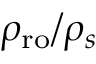
\rho _ { \mathrm { r o } } / \rho _ { s }